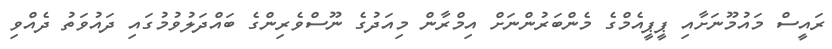
ރައީސް މައުމޫނަށާއި ޕީޕީއެމްގެ މެންބަރުންނަށް އިމްރާން މިއަދުގެ ނޫސްވެރިންގެ ބައްދަލުވުމުގައި ދައުވަތު ދެއްވި